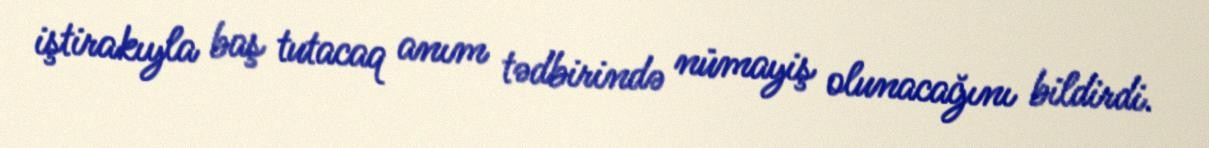
iştirakıyla baş tutacaq anım tədbirində nümayiş olunacağını bildirdi.